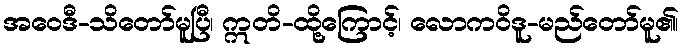
အဝေဒီ-သိတော်မူပြီ၊ ဣတိ-ထို့ကြောင့်၊ လောကဝိဒူ-မည်တော်မူ၏၊